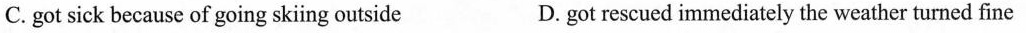
C. got sick because of going sk ing outside D. got rescued immediately the weather turned fine